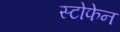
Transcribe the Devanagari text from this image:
स्टोफेन